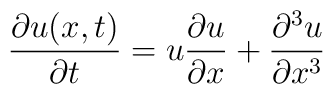
{\partial u(x,t)\over \partial t} = u {\partial u\over \partial x} +{\partial^{3} u\over \partial x^{3}}